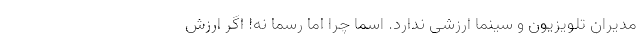
مدیران تلویزیون و سینما ارزشی ندارد. اسماً چرا اما رسماً نه! اگر ارزش